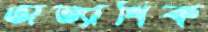
অত্যাধিক